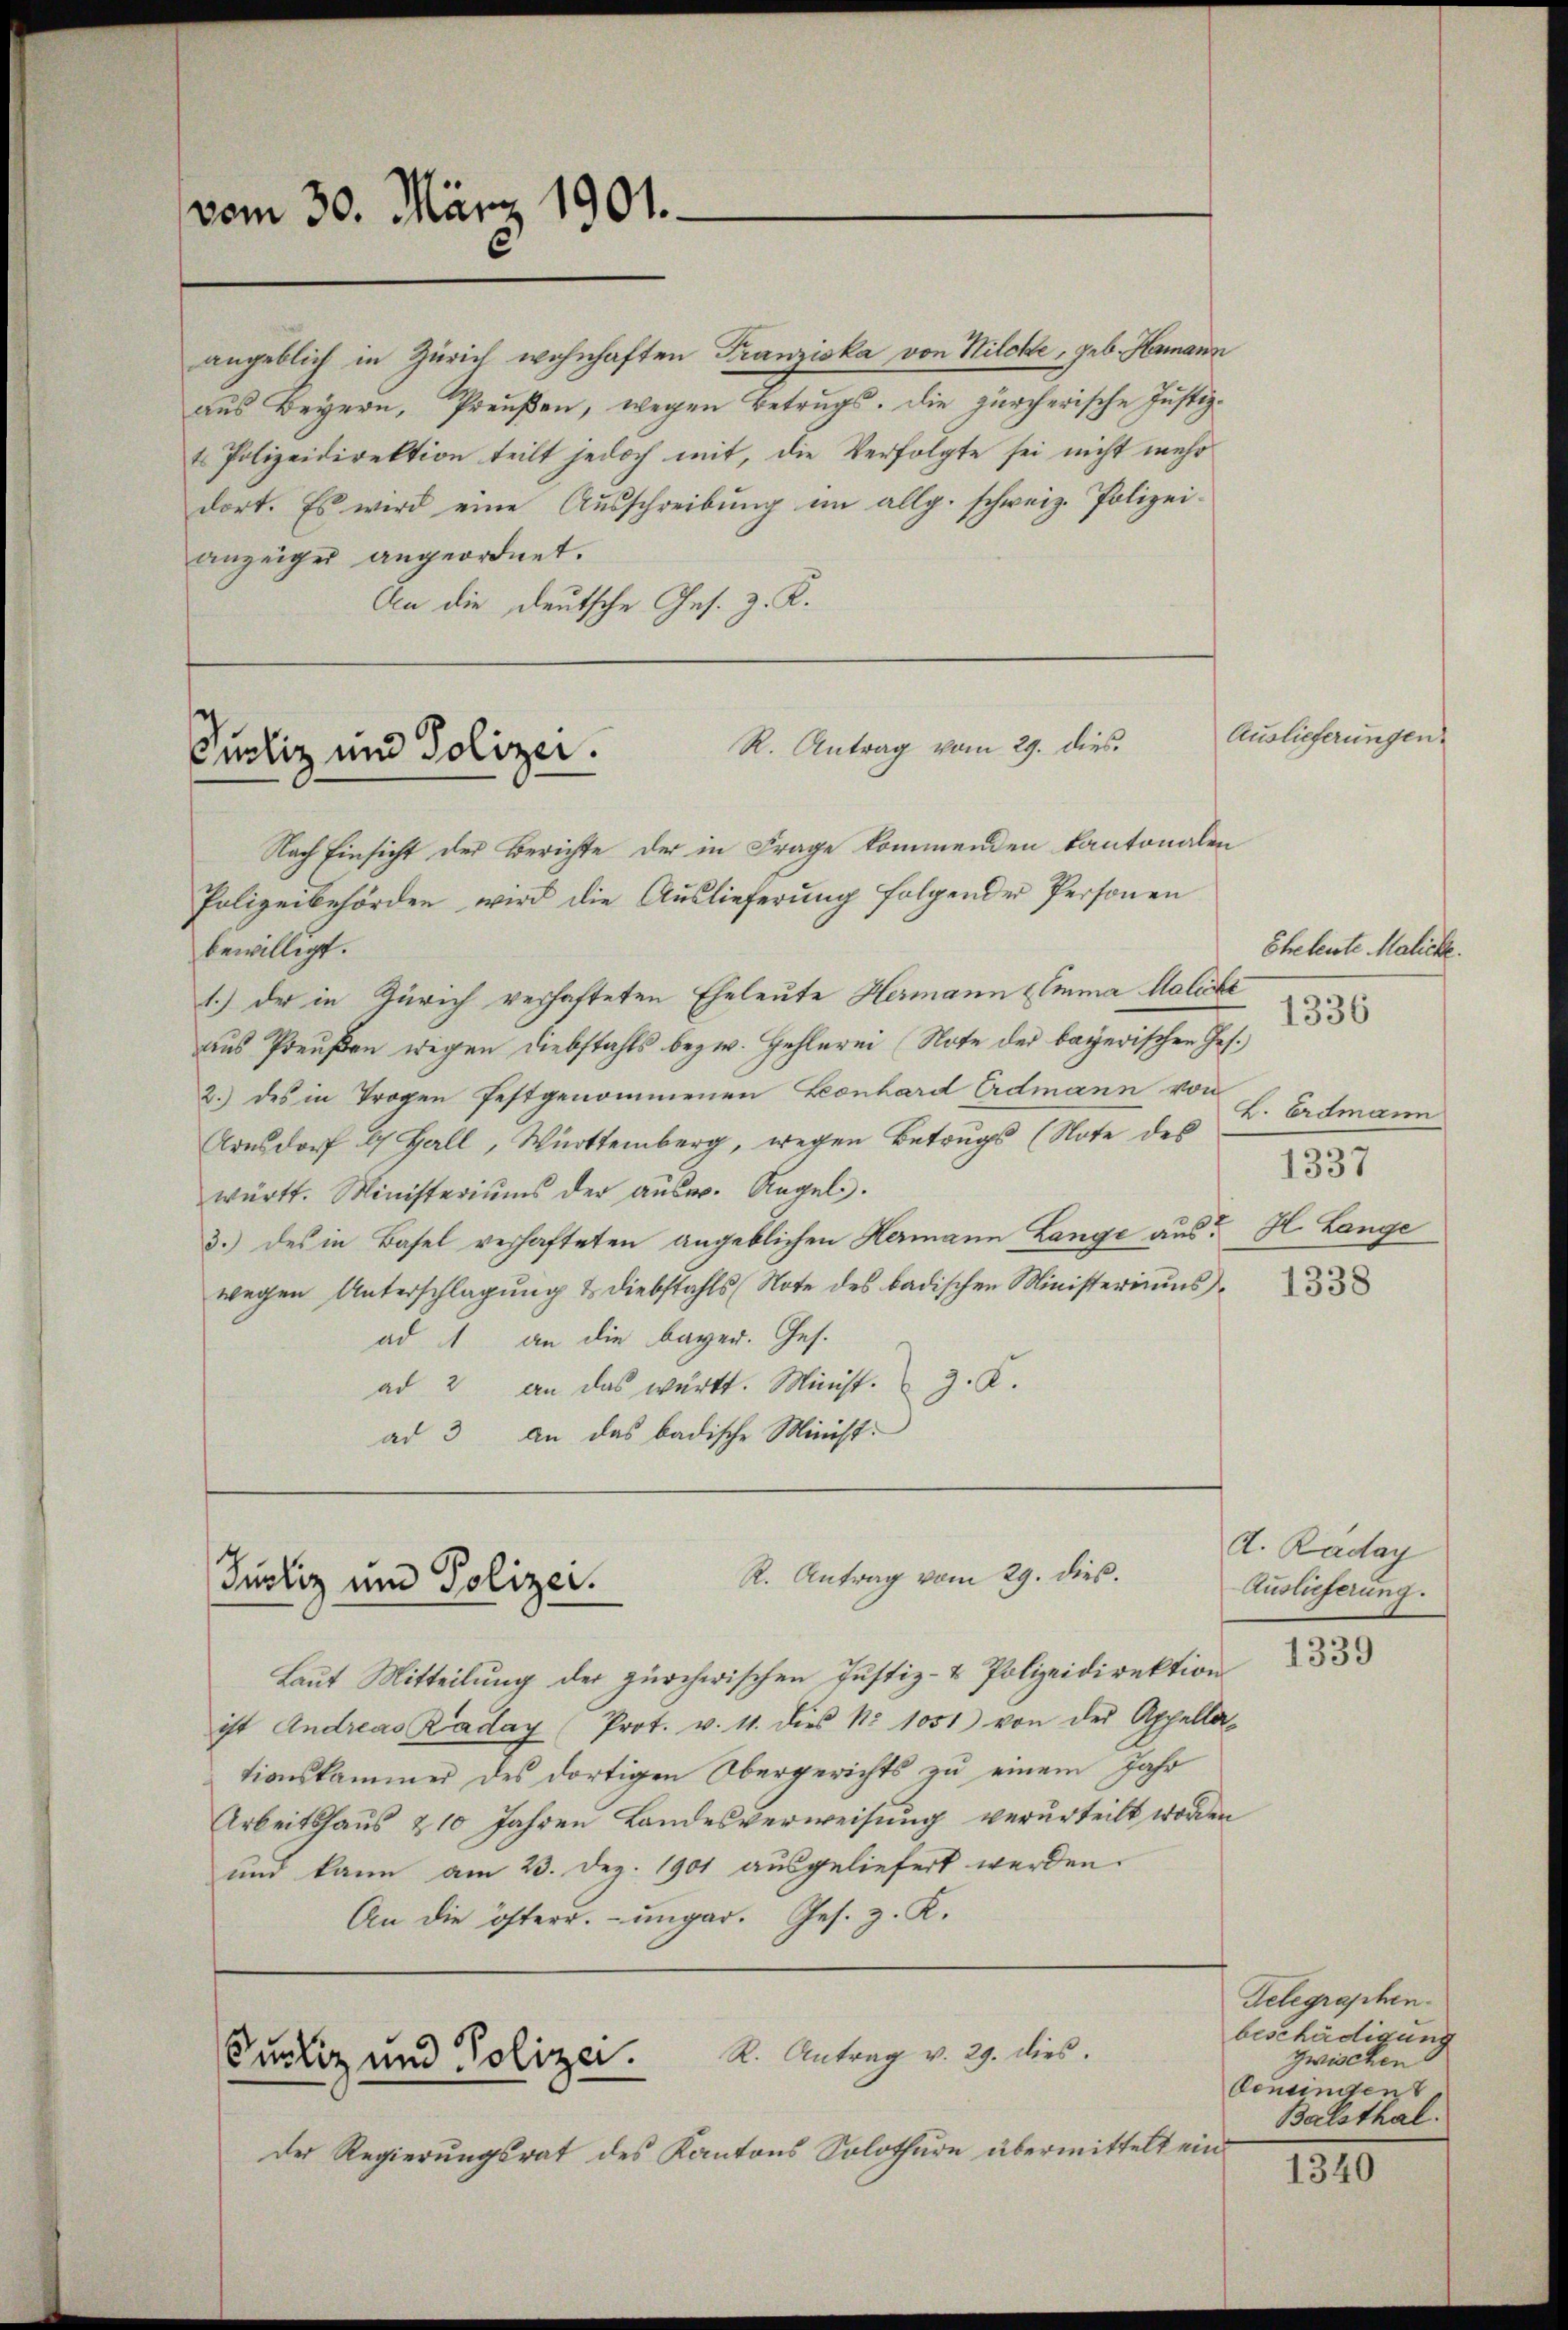
vom 30. März 1901.

anzeiger angeordnet.
An die deutsche Ges. z. K.

R. Antrag vom 29. dies
Puoliz und Polizei.

R. Antrag vom 29. dies.
Justiz und Polizei.

angeblich in Zürich wohnhaften Franziska von Hilcke, geb. Hammann
aus Beyern, Preußen, wegen Betrugs. Die zürcherische Justiz-
t Polizeidirektion teilt jedoch mit, die Verfolgte sei nicht mehr
dort. Es wird eine Ausschreibung im allg. schweiz. Polizei¬

Nach Einsicht der Berichte der in Frage kommenden Kantonalen
Polizeibehörden wird die Auslieferung folgender Personen
bewilligt.
1.) Der in Zürich verhafteten Eheleute Hermann Emma Malité
aus Preußen wegen Diebstahls bezw. Hehlerei Note der bayerischen Jes.
2.) des in Trogen festgenommenen Lonhard Erdmann von
Arnsdorf & Hall, Württemberg, wegen Betrugs (Note des
württ. Ministeriums der aŭsw. Regel.
3.) des in Basel verhafteten angeblichen Hermann Lange aus? H. Lange
wegen Unterschlagung & Diebstahls (Note des badischen Ministeriums
ad 1 an die bayer. Ges.
ad 2 an das württ. Minist. z. K.
ad 3 an das badische Minist

Laŭt Mitteilŭng der zürcherischen Justiz- & Polizeidirektion
ist Andreas Raday (Prot. v. 11. dies No 1051) von der Appellationskammer des dortigen Obergerichts zu einem Jahr
Arbeitshaus 210 Jahren Landesverweisung verurteilt worden
und kann am 23. Dez. 1901 ausgeliefert werden.
An die österr. ungar. Ges. z. K.

R. Antrag v. 29. dies.
Cucliz und Polizei.

der Regierungsrat des Kantons Solothurn übermittelt ein

Auslieferungen.

Eheleute Malicke.
1336

L. Erdmann
1337

1338

d. Raday
Auslieferung.

1339

Gelegraphen.
beschädigung
zwischen
Gemeindent.
Balsthal.

1310